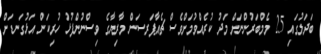
ބަދަލުގައި 25 މެމްބަރުންނަށް މަދު ކުރެއްވުމަށްވެސް ޗެއާޕަރސަން މާރިޔާގެ ވިސްނުންފުޅު ހުރިކަން އަޅުގަނޑަށް